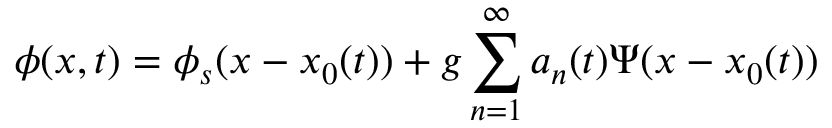
\phi ( x , t ) = \phi _ { s } ( x - x _ { 0 } ( t ) ) + g \sum _ { n = 1 } ^ { \infty } a _ { n } ( t ) \Psi ( x - x _ { 0 } ( t ) )